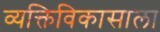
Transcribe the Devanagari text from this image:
व्यक्तिविकासाला